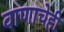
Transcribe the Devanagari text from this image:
वाणाचेही